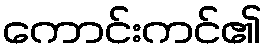
ကောင်းကင်၏